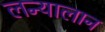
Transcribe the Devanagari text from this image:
लन्यालान